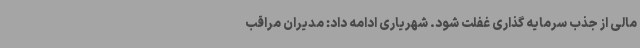
مالی از جذب سرمایه گذاری غفلت شود. شهریاری ادامه داد: مدیران مراقب